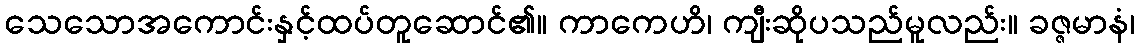
သေသောအကောင်းနှင့်ထပ်တူဆောင်၏။ ကာကေဟိ၊ ကျီးဆိုပသည်မူလည်း။ ခဇ္ဇမာနံ၊